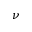
\nu